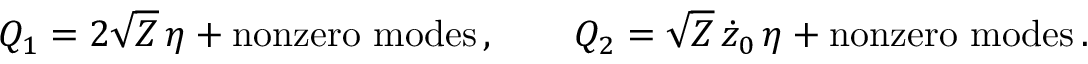
Q _ { 1 } = 2 \sqrt { \cal Z } \, \eta + \mathrm { n o n z e r o ~ m o d e s } \, , \qquad Q _ { 2 } = \sqrt { \cal Z } \, \dot { z } _ { 0 } \, \eta + \mathrm { n o n z e r o ~ m o d e s } \, .